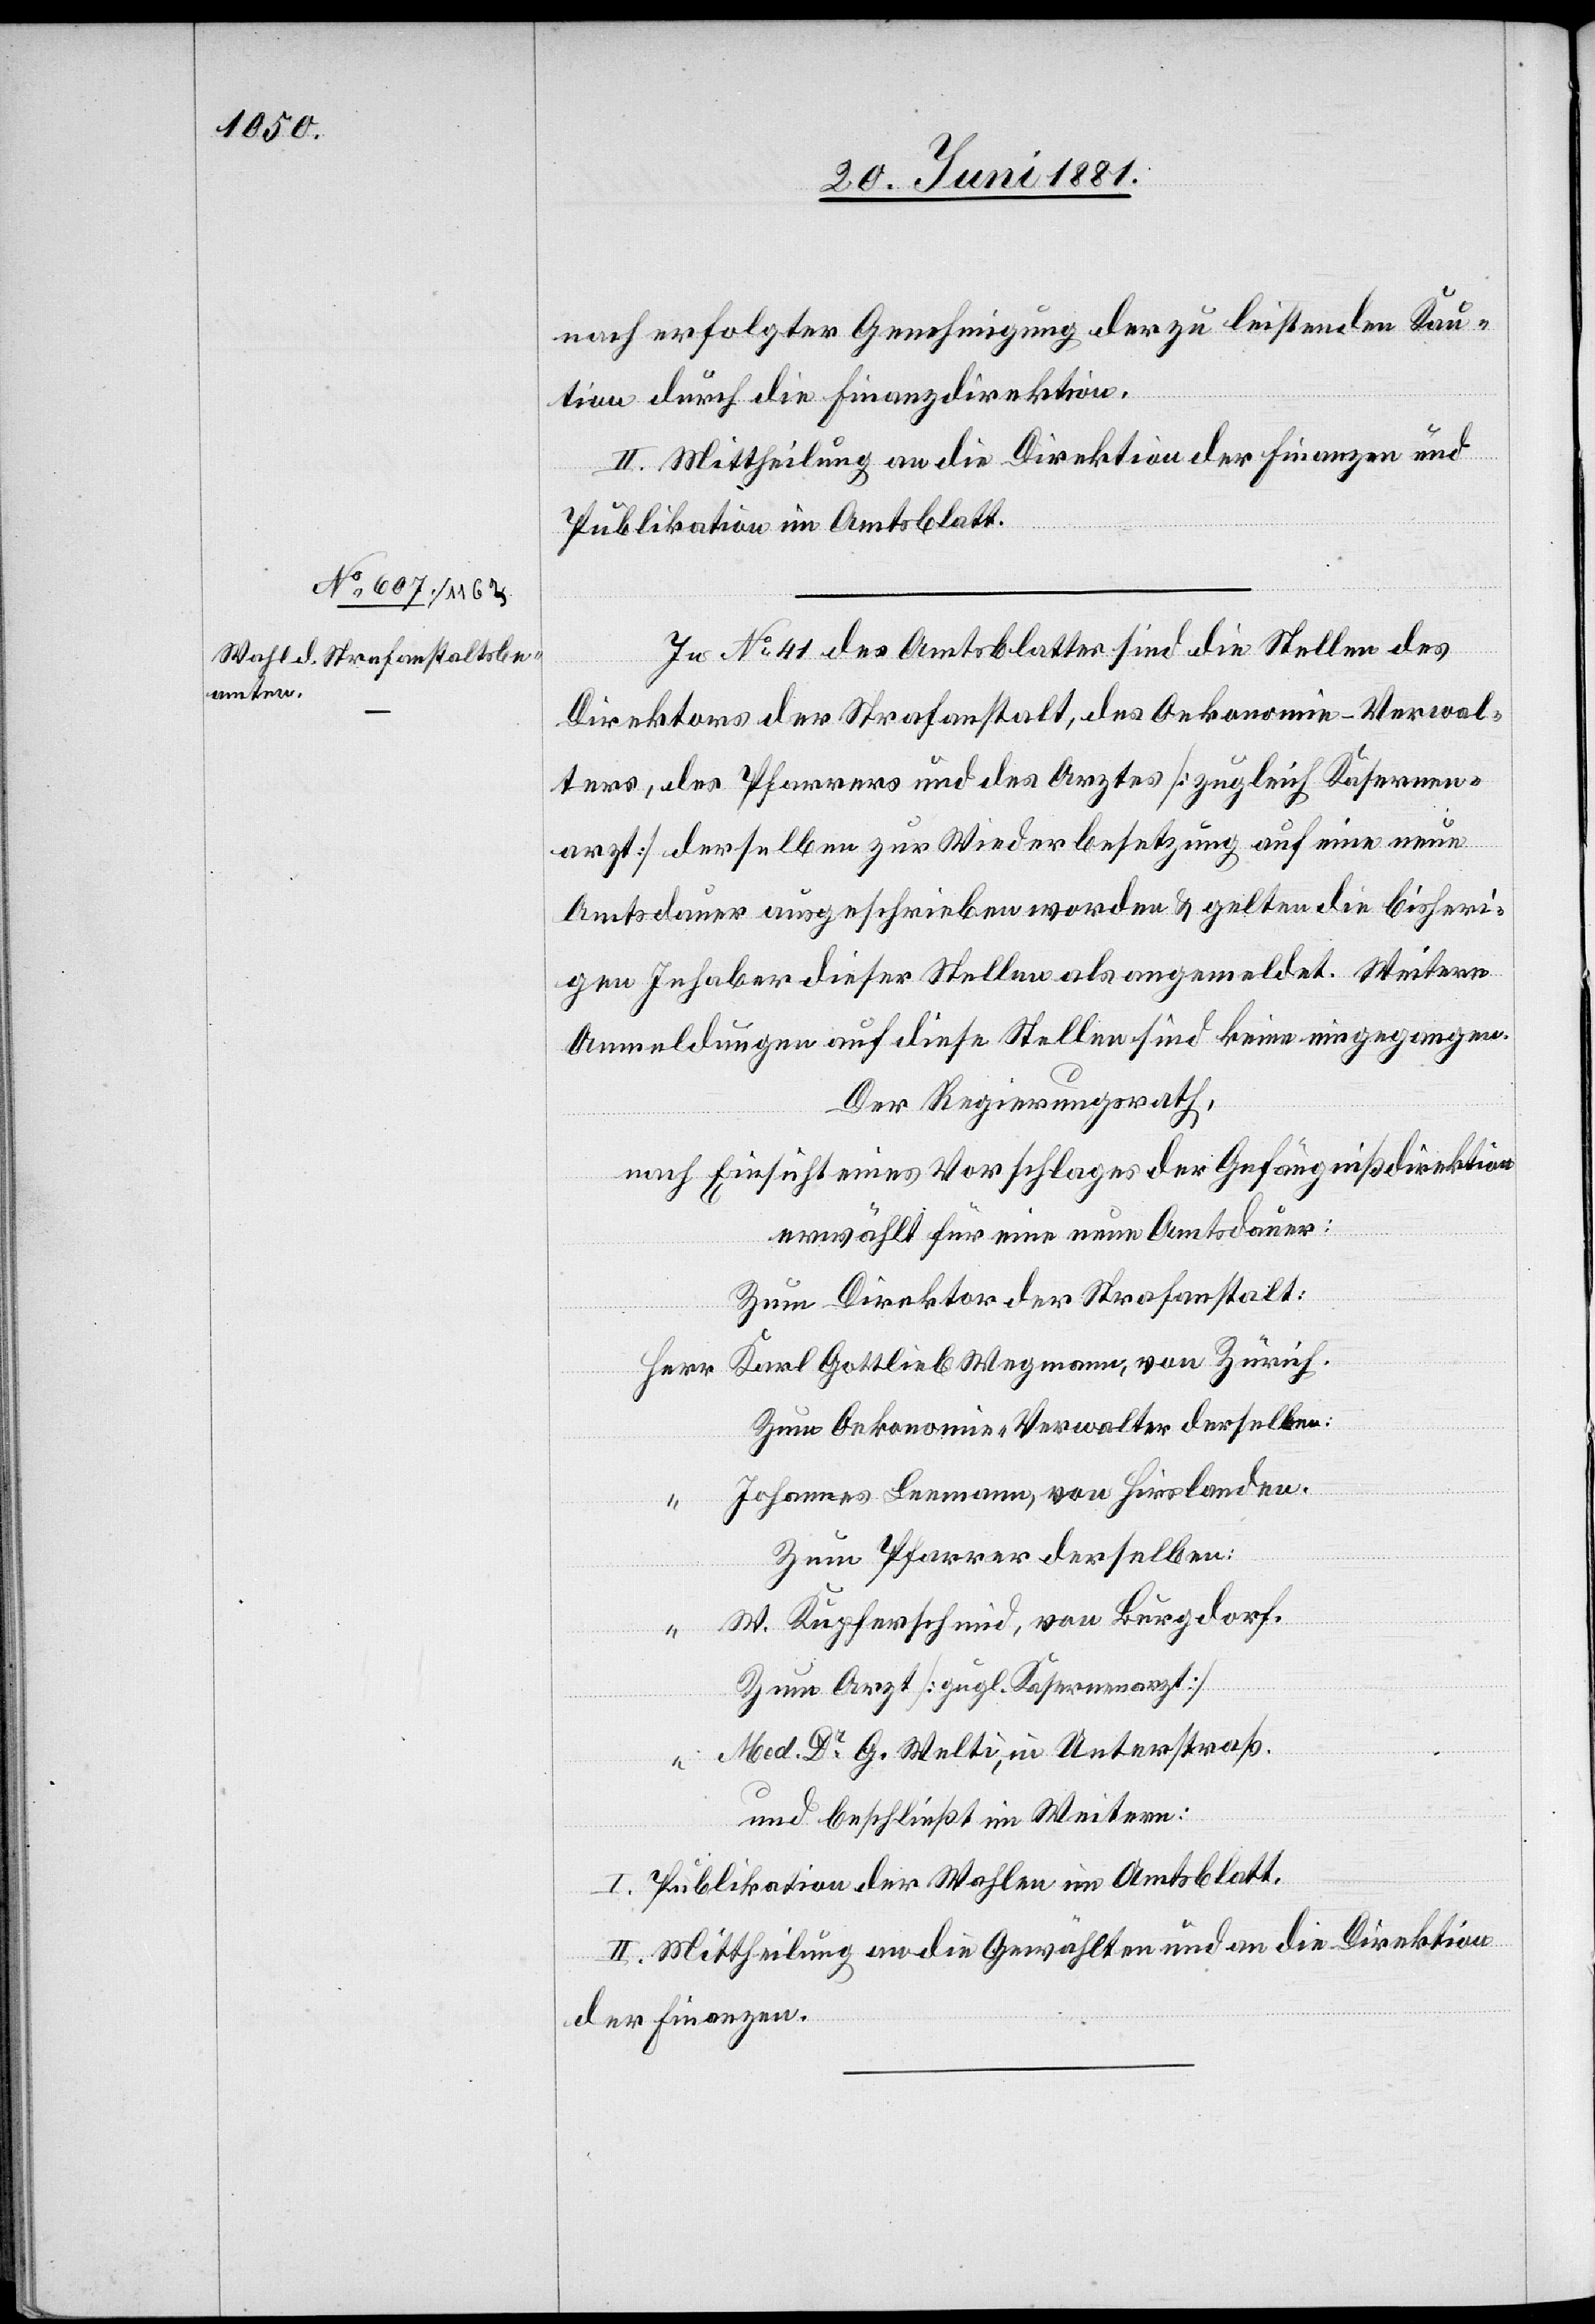
nach erfolgter Genehmigung der zu leistenden Kau¬
tion durch die Finanzdirektion.
II. Mittheilung an die Direktion der Finanzen und
Publikation im Amtsblatt.
In No 41 des Amtsblattes sind die Stellen des
Direktors der Strafanstalt, des Oekonomie-Verwal¬
ters, des Pfarrers und des Arztes [zugleich Kasernen¬
arzt] derselben zur Wiederbesetzung auf eine neue
Amtsdauer ausgeschrieben worden & gelten die bisheri¬
gen Inhaber dieser Stellen als angemeldet. Weitere
Anmeldungen auf diese Stellen sind keine eingegangen.
Der Regierungsrath,
nach Einsicht eines Vorschlages der Gefängnißdirektion
erwählt für eine neue Amtsdauer:
Zum Direktor der Strafanstalt:
Karl Gottlieb Wegmann, von Zürich.
Herr
Zum Oekonomie-Verwalter derselben:
Johannes Leemann, von Hirslanden.
Zum Pfarrer derselben:
“
W. Kupferschmid, von Burgdorf.
Zum Arzt [zugl. Kasernenarzt]:
“ Med. Dr G. Welti, in Unterstraß.
und beschließt im Weitern:
I. Publikation der Wahlen im Amtsblatt.
II. Mittheilung an die Gewählten und an die Direktion
der Finanzen.